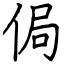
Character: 侷